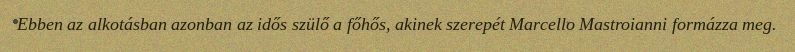
Ebben az alkotásban azonban az idős szülő a főhős, akinek szerepét Marcello Mastroianni formázza meg.